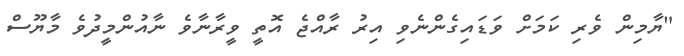
"ޔާމިން ވެރި ކަމަށް ވަޑައިގެންނެވި އިރު ރާއްޖެ އޮތީ ވީރާނާވެ ނާއުންމީދުވެ މާޔޫސް